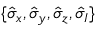
\{ \hat { \sigma } _ { x } , \hat { \sigma } _ { y } , \hat { \sigma } _ { z } , \hat { \sigma } _ { I } \}